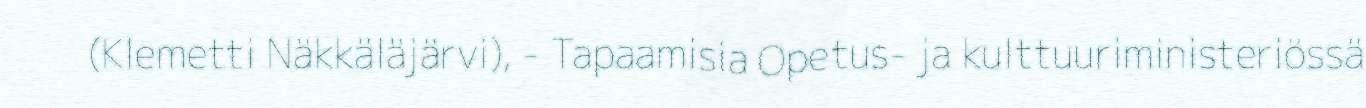
(Klemetti Näkkäläjärvi), - Tapaamisia Opetus- ja kulttuuriministeriössä